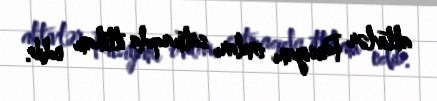
aktivlər Rusiyanı onları satmaqda ittiham edib.